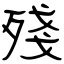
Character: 殘